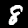
Digit: 8